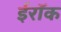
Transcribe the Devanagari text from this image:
ईरॉक